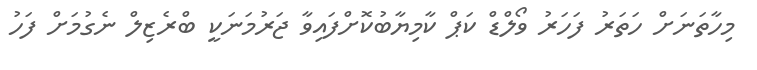
މިހާތަނަށް ހަތަރު ފަހަރު ވޯލްޑް ކަޕް ކާމިޔާބުކޮށްފައިވާ ޖަރުމަނަކީ ބްރެޒިލް ނެގުމަށް ފަހު